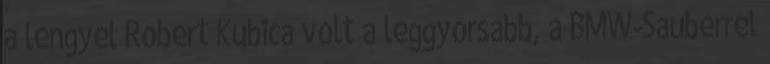
a lengyel Robert Kubica volt a leggyorsabb, a BMW-Sauberrel